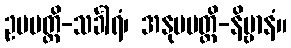
ဥပပတ္တိ-သင်္ခါရံ၊ အနုပပတ္တိ-နိဗ္ဗာနံ။